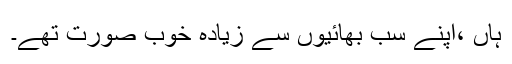
ہاں ،اپنے سب بھائیوں سے زیادہ خوب صورت تھے۔